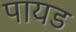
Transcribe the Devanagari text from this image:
पायड